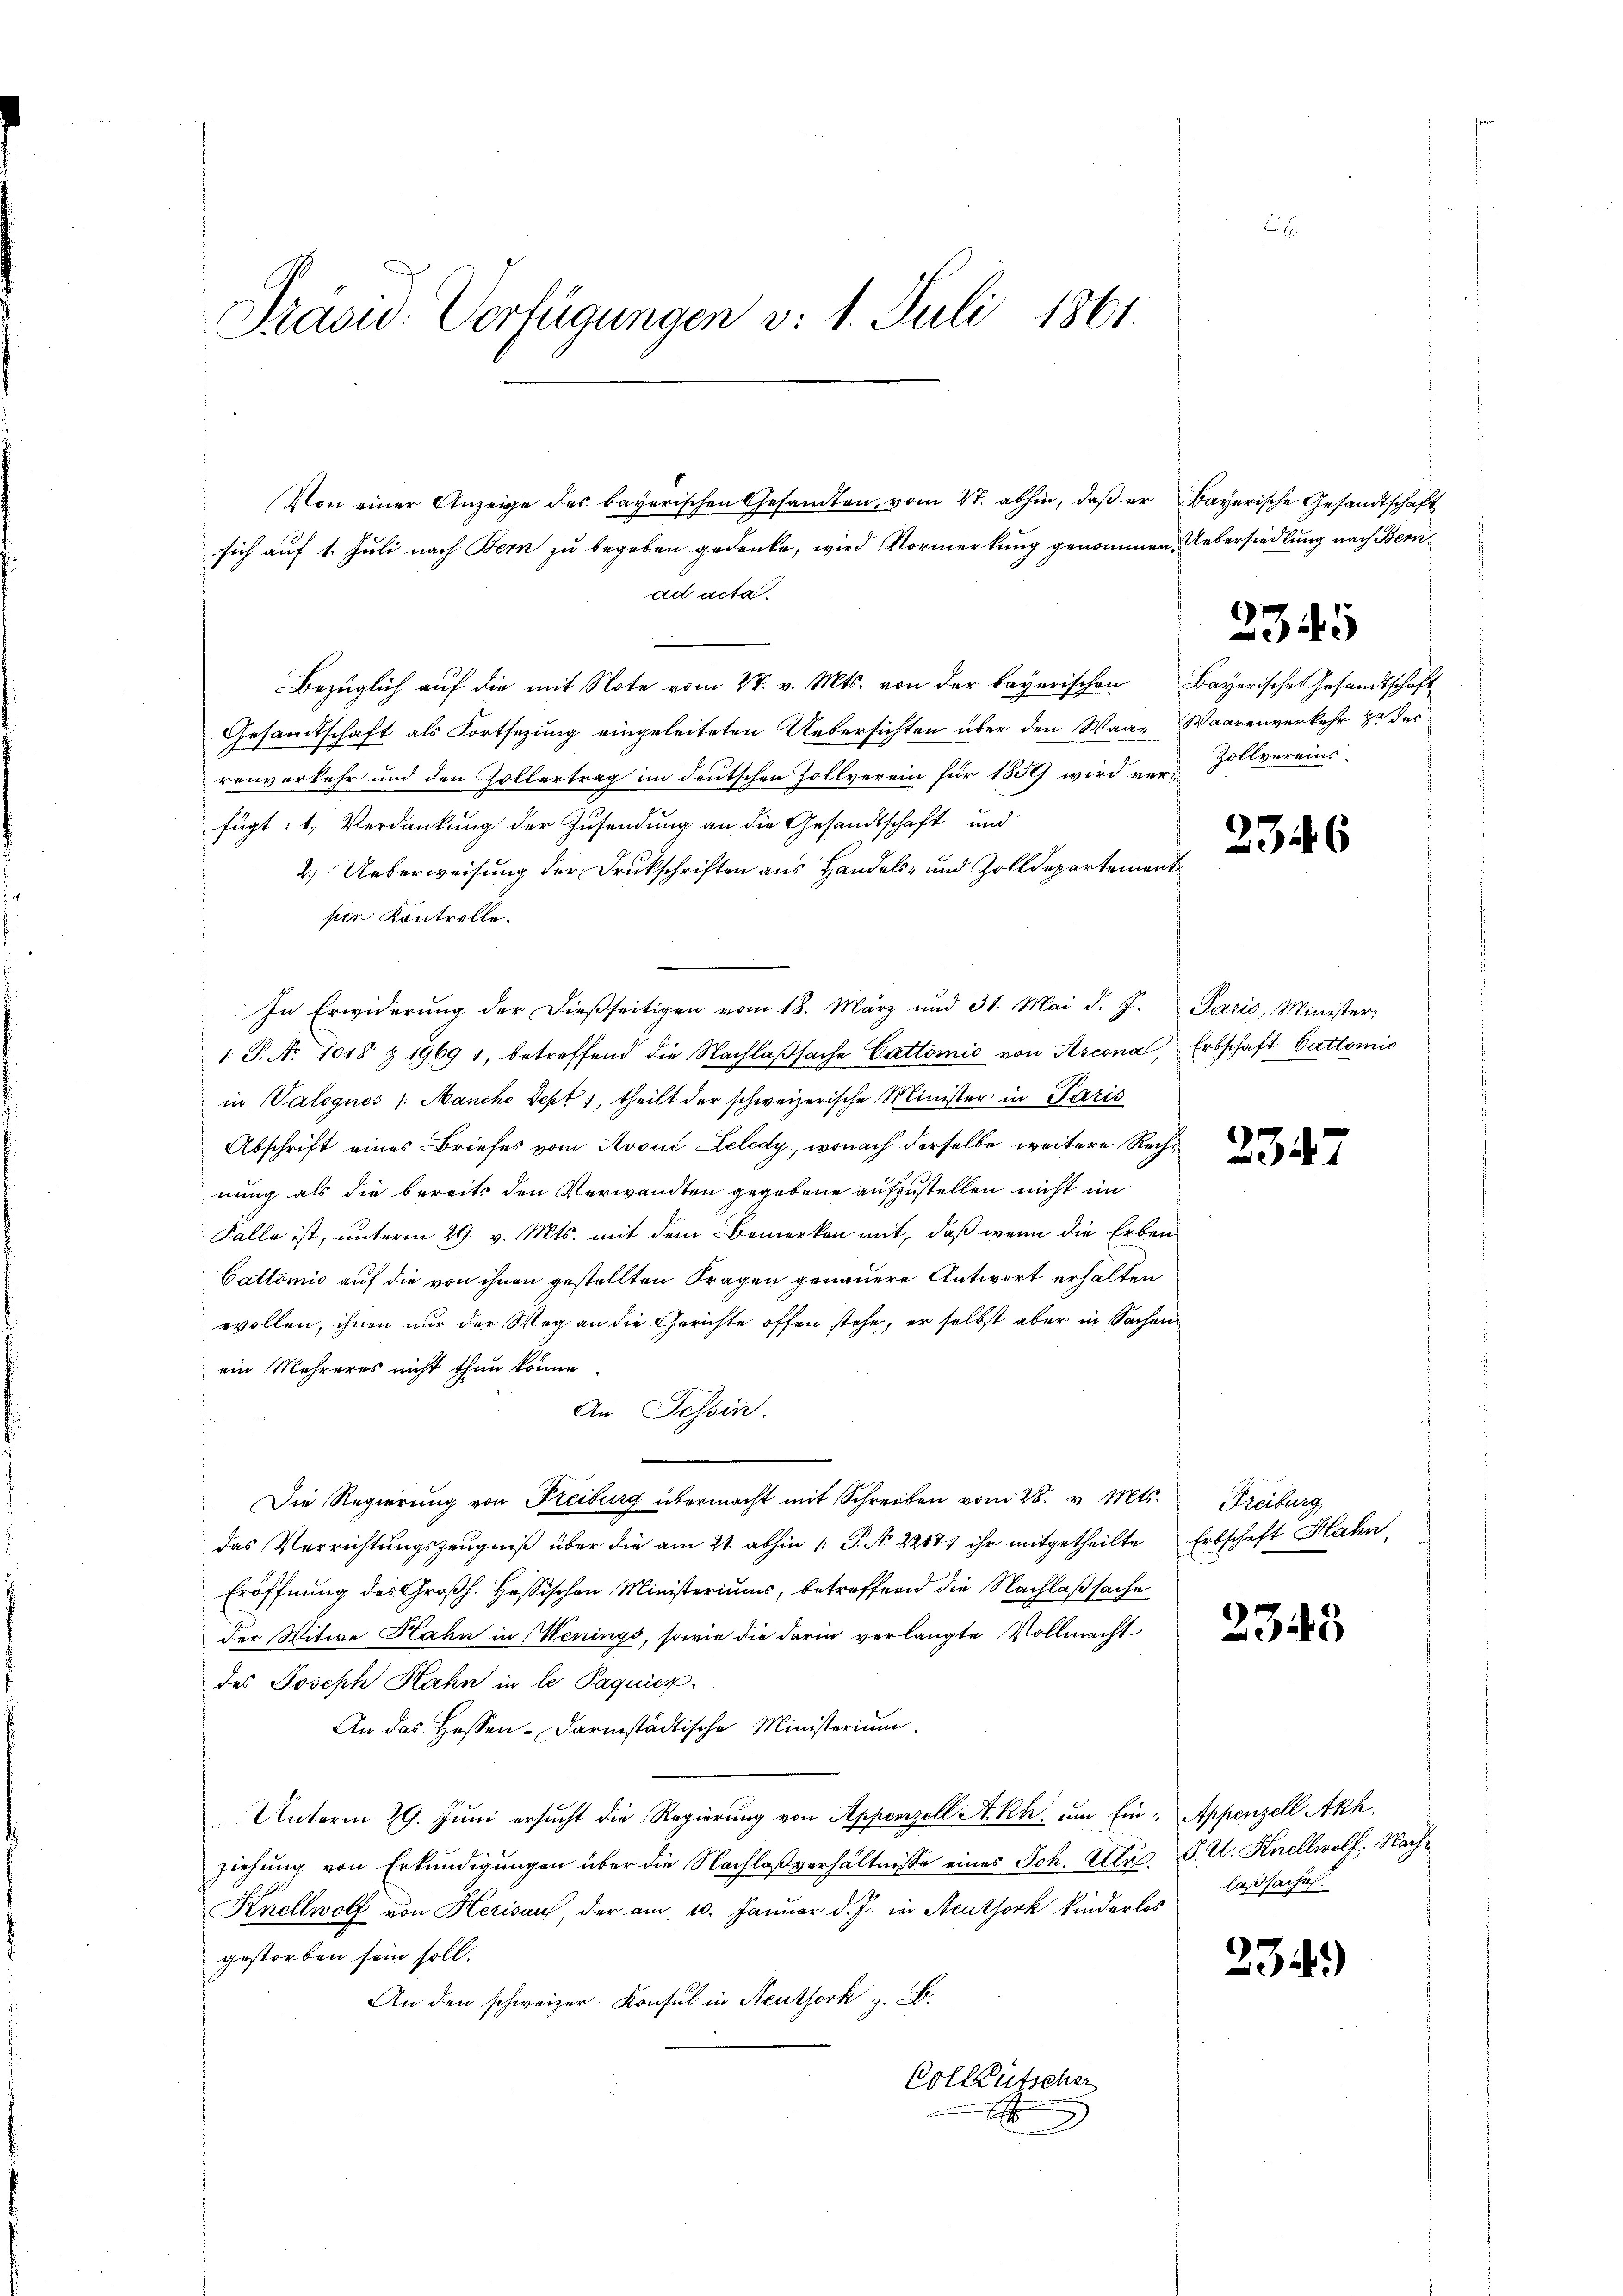
Präsid. Verfügungen v. 1. Juli 1861.

Von einer Anzeige des bayerischen Gesandten, vom 27. abhin, daβ er Bayerische Gesandtschaft
sich auf 1. Juli nach Bern zu begeben gedenke, wird Vormerkung genommen. Uebersiedlung nach Bernad acta.
Bezüglich auf die mit Note vom 27. v. Mts. von der bayerischen Bayerische Gesandtschaft
Gesamtschaft als Fortsezung eingeleiteten Uebersichten über den Waar Waarenverkehr zu des
renverkehr und den Zollertrag im deutschen Zollverein für 1859 wird ver-Zollvereins-
fügt: 1. Verdankung der Zusendung an die Gesandtschaft und
2.) Ueberweisung der Drukschriften aus Handels- und Zolldepartement
ser Kontrolle.
In Erwiderung der dießseitigen vom 18. März und 31. Mai d. J. Paris, Minister,
1. P. No. 1018 § 1969 1, betreffend die Nachlaβsache Cattomie von Ascona, Erbschaft Cattomis
in Valognes /: Manche Sept 1, theilt der schweizerische Minister in Paris
Abschrift eines Briefes vom Avoué Leledy, wonach derselbe weitere Recht
nung als die bereits den Verwandten gegebene aufzustellen nicht im
Falle ist, unterm 29. v. Mts. mit dem Bemerken mit, daß wenn die Erben
Cattomis auf die von ihnen gestellten Fragen genauere Antwort erhalten
wollen, ihnen nur der Weg an die Gerichte offen stehe, er selbst aber in Sachen
ein Mehreres nicht thun könne.
An Tessin.
Die Regierung von Freiburg übermacht mit Schreiben vom 28. v. Mts. Freiburg
das Verrichtŭngszeŭgniβ über die am 21. abhin /: P. Nr. 22177 ihr mitgetheilte Erbschaft Hahn
Eröffnung des Großh. Hessischen Ministeriums, betreffend die Nachlaßsache
der Witwe Kahn in Wenings, sowie die darin verlangte Vollmacht
des Joseph Hahn in le Paquier
An das Hessen-Darmstädtische Ministerium
Unterm 29. Juni ersucht die Regierung von Appenzell A.Rh. um Ein- Appenzell Akh.
ziehung von Erkundigungen über die Nachlaßverhältnisse eines Joh. Ulr. P. U. Knellwolf, Nach¬
Knellwolf von Herisau, der am 10. Januar d. J. in Neuthork kinderlos
gestorben sein soll.
An den schweizer: Konsul in Neuthork z. B.
Colktütscher

2345

2346

2342

2343

laßsache.

234.